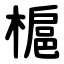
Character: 槴